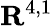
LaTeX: \mathbf{R}^{4,1}